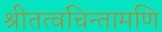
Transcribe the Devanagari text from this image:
श्रीतत्वचिन्तामणि